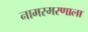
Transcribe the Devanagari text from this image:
नामस्मरणाला